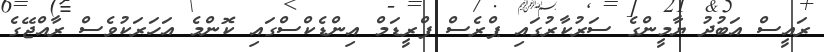
ރައީސް އަބުދު ޔާމީންގެ ސަރުކާރުގައި ޕްރެސް ފްރީޑަމް އިންޑެކްސްގައި ކޮންމެ އަހަރަކުވެސް ރާއްޖޭގެ